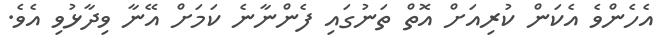
އެހެންވެ އެކަން ކުރިއަށް އޮތް ތަނުގައި ފެންނާނެ ކަމަށް އޭނާ ވިދާޅުވި އެވެ.